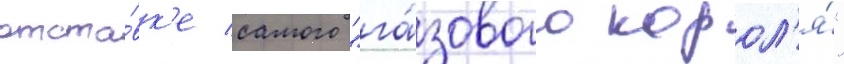
отста́вк'е самого "га́зового корол'я́"